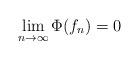
LaTeX: \begin{align*}\lim_{n\to \infty}\Phi(f_n)=0\end{align*}